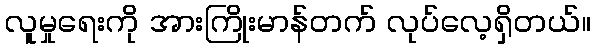
လူမှုရေးကို အားကြိုးမာန်တက် လုပ်လေ့ရှိတယ်။